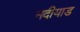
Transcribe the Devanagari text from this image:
नदीयाड